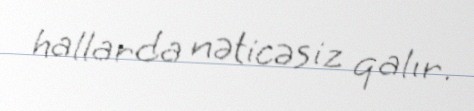
hallarda nəticəsiz qalır.